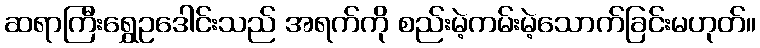
ဆရာကြီးရွှေဥဒေါင်းသည် အရက်ကို စည်းမဲ့ကမ်းမဲ့သောက်ခြင်းမဟုတ်။